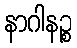
နာဂါနဉ္စ